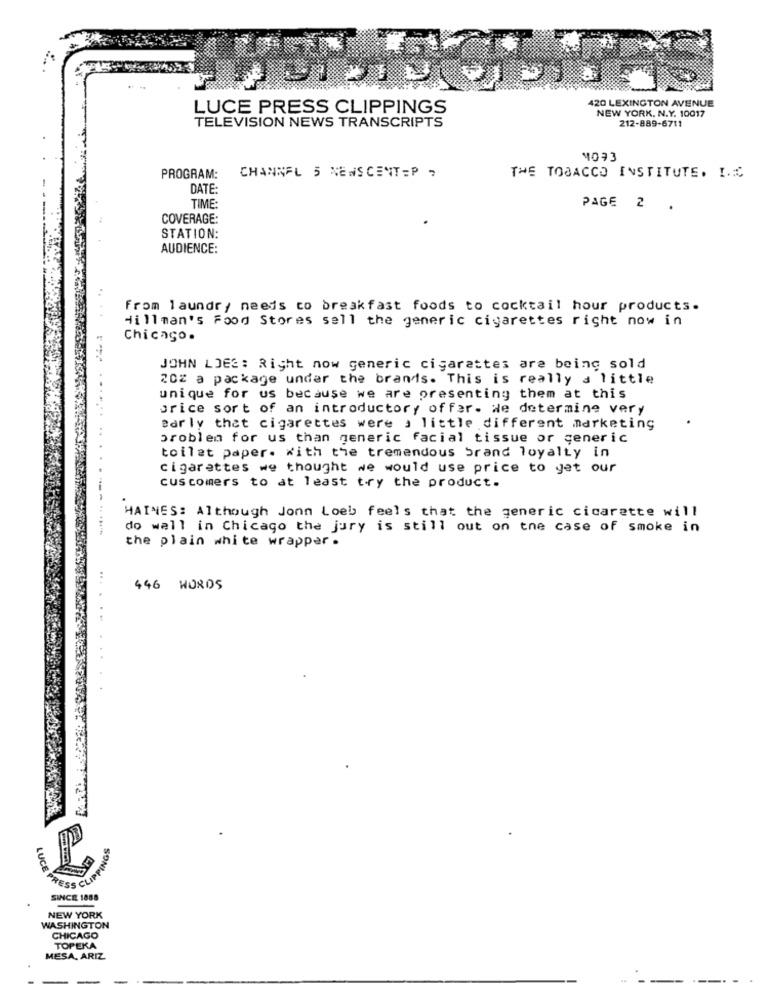
420 LEXINGTON AVENUE
LUCE PRESS CLIPPINGS
NEW YORK, N.Y. 10017
TELEVISION NEWS TRANSCRIPTS
212-889-6711
PROGRAM:
CHANNEL 5 NEWSCENT=P ;
THE TOBACCO INSTITUTE. I.E
DATE:
TIME:
PAGE 2 .
COVERAGE:
STATION:
AUDIENCE:
From laundry needs to breakfast foods to cocktail hour products.
Hillman's Food Stores sell the generic cigarettes right now in
Chicago .
JOHN LOEE: Right now generic cigarettes are being sold
202 a package under the brands. This is really a little
unique for us because we are presenting them at this
price sort of an introductory offer. We determine very
early that cigarettes were a little different marketing
problem for us than generic facial tissue or generic
toilet paper. with the tremendous brand loyalty in
cigarettes we thought we would use price to get our
cuscomers to at least try the product.
HAINES: Although Jonn Loeb feels that the generic cicarette will
-
do well in Chicago the jury is still out on the case of smoke in
the plain white wrapper .
...
446 WORDS
. -
..
LUCE
RESS CLIP
SINCE 1888
NEW YORK
WASHINGTON
CHICAGO
TOPEKA
MESA, ARIZ